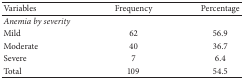
| Variables | Frequency | Percentage |
 | --- | --- | --- |
 | Anemia by severity |  |  |
 | Mild | 62 | 56.9 |
 | Moderate | 40 | 36.7 |
 | Severe | 7 | 6.4 |
 | Total | 109 | 54.5 |